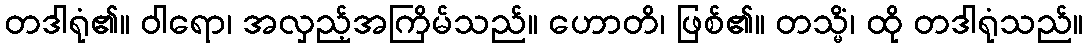
တဒါရုံ၏။ ဝါရော၊ အလှည့်အကြိမ်သည်။ ဟောတိ၊ ဖြစ်၏။ တသ္မိံ၊ ထို တဒါရုံသည်။